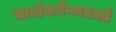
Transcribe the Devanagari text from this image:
चार्वाकवैष्णवमते